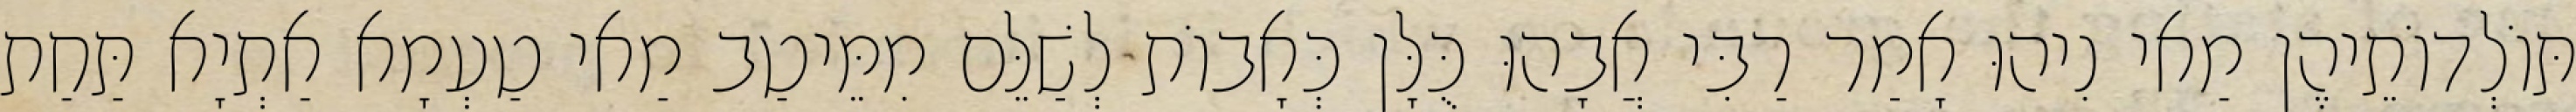
תּוֹלְדוֹתֵיהֶן מַאי נִיהוּ אָמַר רַבִּי אֲבָהוּ כֻּלָּן כְּאָבוֹת לְשַׁלֵּם מִמֵּיטַב מַאי טַעְמָא אַתְיָא תַּחַת